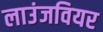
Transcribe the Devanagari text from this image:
लाउंजवियर